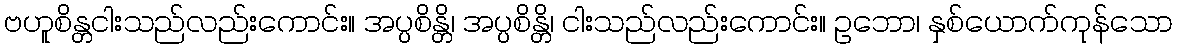
ဗဟူစိန္တငါးသည်လည်းကောင်း။ အပ္ပစိန္တိ၊ အပ္ပစိန္တိ၊ ငါးသည်လည်းကောင်း။ ဥဘော၊ နှစ်ယောက်ကုန်သော